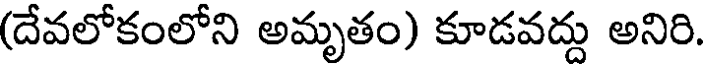
(దేవలోకంలోని అమృతం) కూడవద్దు అనిరి.